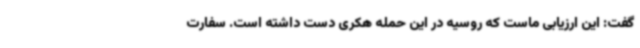
گفت:‌ این ارزیابی ماست که روسیه در این حمله هکری دست داشته است. سفارت